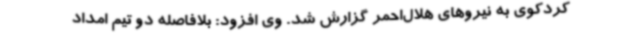
کردکوی به نیروهای هلال‌احمر گزارش شد. وی افزود: بلافاصله دو تیم امداد